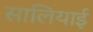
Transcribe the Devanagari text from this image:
सालियाई